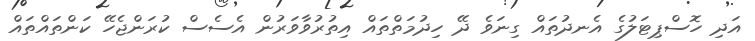
އަދި ހޮސްޕިޓަލުގެ އެނދުތައް ގިނަވެ ދޭ ހިދުމަތްތައް އިތުރުވާވަރުން އެސެސް ކުރަންޖެހޭ ކަންތައްތައް